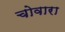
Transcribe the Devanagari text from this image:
चोवारा